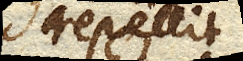
repellit